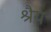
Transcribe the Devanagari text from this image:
श्रैय